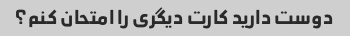
دوست دارید کارت دیگری را امتحان کنم؟